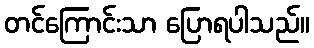
တင်ကြောင်းသာ ပြောရပါသည်။